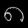
Digit: ၈